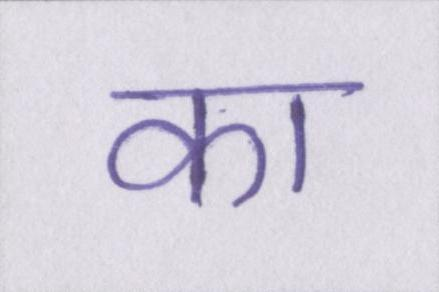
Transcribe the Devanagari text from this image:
का